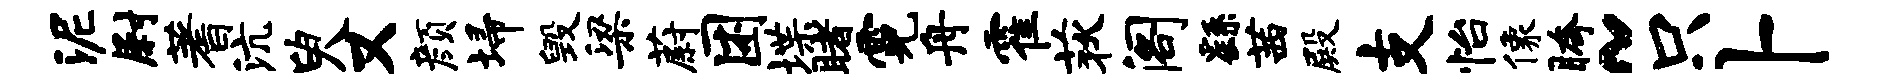
泥尉蓍沆臾又颜埽毁梁蔚困堞睹霓舟霍荻阁繇茜殿支怡像胯~只卜